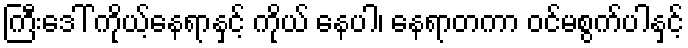
ကြီးဒေါ် ကိုယ့်နေရာနှင့် ကိုယ် နေပါ၊ နေရာတကာ ဝင်မစွက်ပါနှင့်